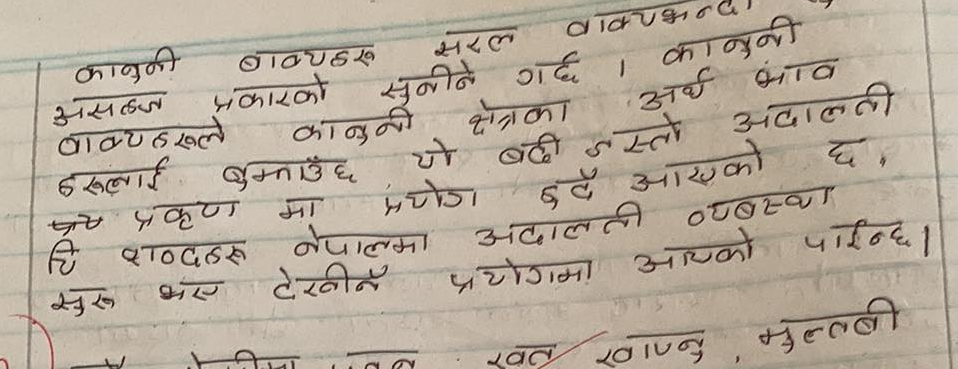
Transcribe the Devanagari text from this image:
कानुनी वाक्यहरु सरल वाक्यभन्दा
असल्न प्रकारको सुनीने गर्छ । कानुनी
वाक्यहरुले कानुनी क्षेत्रका अर्थ भाव
हरुलाई बुझाउँछ यो बढी जस्तो अदालती
पत्र प्रकृण मा प्रयोग हुदै आएको छ ,
ति शब्दहरु नेपालमा अदालती व्यवस्था
सुरु भए टेकिने प्रयोगमा आएको पाइन्छ ।
खत खानु, मुलतबी